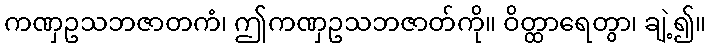
ကဏှဥသဘဇာတကံ၊ ဤကဏှဥသဘဇာတ်ကို။ ဝိတ္ထာရေတွာ၊ ချဲ့၍။